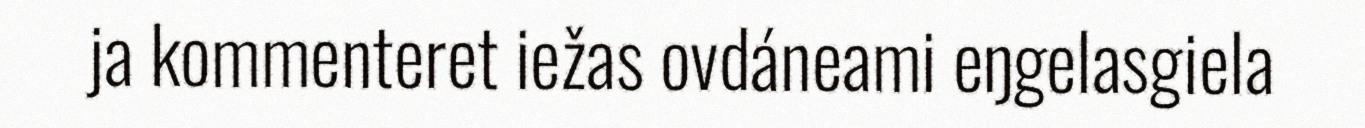
ja kommenteret iežas ovdáneami eŋgelasgiela